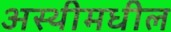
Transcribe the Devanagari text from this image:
अस्थीमधील